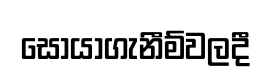
සොයාගැනීම්වලදී